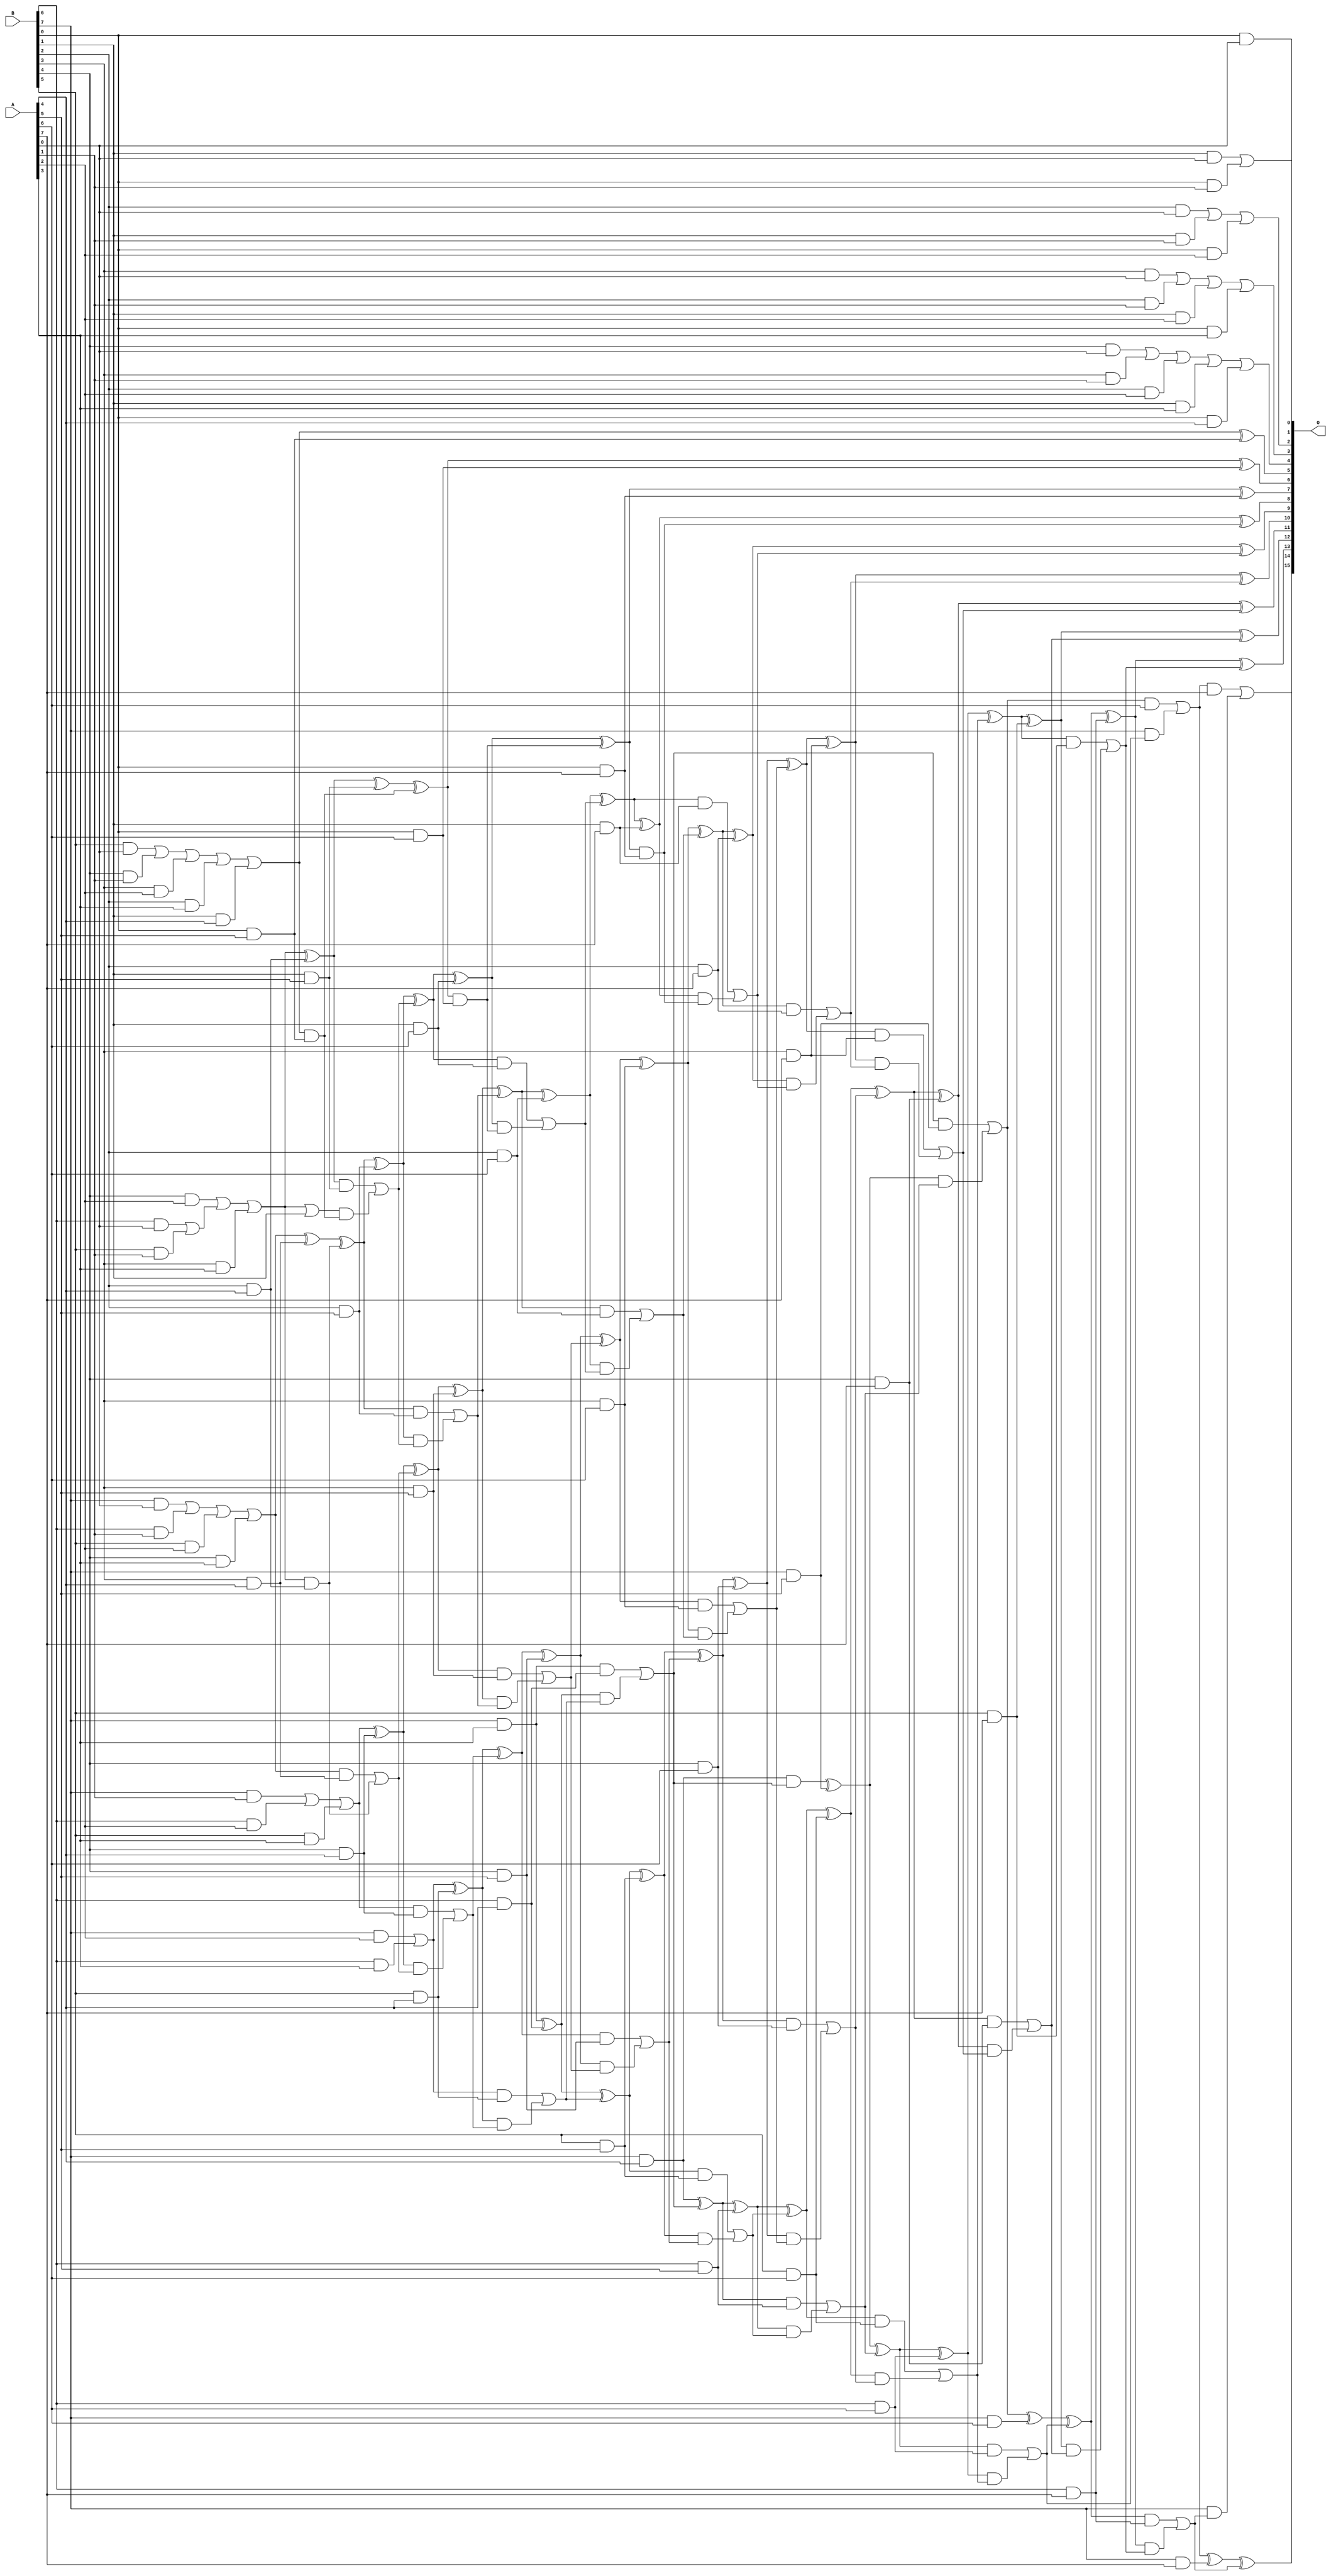
/***
* This code is a part of EvoApproxLib library (ehw.fit.vutbr.cz/approxlib) distributed under The MIT License.
* When used, please cite the following article(s): V. Mrazek, R. Hrbacek, Z. Vasicek and L. Sekanina, "EvoApprox8b: Library of approximate adders and multipliers for circuit design and benchmarking of approximation methods". Design, Automation & Test in Europe Conference & Exhibition (DATE), 2017, Lausanne, 2017, pp. 258-261. doi: 10.23919/DATE.2017.7926993 
* This file contains a circuit from a sub-set of pareto optimal circuits with respect to the pwr and ep parameters
***/
// MAE% = 0.25 %
// MAE = 166 
// WCE% = 2.79 %
// WCE = 1826 
// WCRE% = 64.00 %
// EP% = 64.73 %
// MRE% = 1.99 %
// MSE = 106014 
// PDK45_PWR = 0.254 mW
// PDK45_AREA = 506.8 um2
// PDK45_DELAY = 1.42 ns

module mul8u_PKY (
    A,
    B,
    O
);

input [7:0] A;
input [7:0] B;
output [15:0] O;

wire sig_16,sig_17,sig_18,sig_19,sig_20,sig_21,sig_22,sig_23,sig_24,sig_25,sig_26,sig_27,sig_28,sig_29,sig_30,sig_31,sig_32,sig_34,sig_39,sig_47;
wire sig_49,sig_54,sig_59,sig_66,sig_67,sig_68,sig_69,sig_70,sig_71,sig_72,sig_73,sig_74,sig_76,sig_81,sig_86,sig_94,sig_96,sig_101,sig_111,sig_112;
wire sig_113,sig_114,sig_115,sig_116,sig_117,sig_118,sig_119,sig_121,sig_126,sig_131,sig_136,sig_141,sig_146,sig_156,sig_157,sig_158,sig_159,sig_160,sig_161,sig_162;
wire sig_163,sig_164,sig_166,sig_168,sig_171,sig_172,sig_176,sig_177,sig_179,sig_180,sig_181,sig_182,sig_183,sig_184,sig_185,sig_186,sig_187,sig_188,sig_189,sig_190;
wire sig_191,sig_192,sig_193,sig_194,sig_195,sig_197,sig_198,sig_199,sig_201,sig_202,sig_203,sig_204,sig_205,sig_206,sig_207,sig_208,sig_209,sig_210,sig_211,sig_212;
wire sig_213,sig_214,sig_215,sig_216,sig_217,sig_218,sig_219,sig_220,sig_221,sig_222,sig_223,sig_224,sig_225,sig_226,sig_227,sig_228,sig_229,sig_230,sig_231,sig_232;
wire sig_233,sig_234,sig_235,sig_236,sig_237,sig_238,sig_239,sig_240,sig_241,sig_242,sig_243,sig_244,sig_245,sig_246,sig_247,sig_248,sig_249,sig_250,sig_251,sig_252;
wire sig_253,sig_254,sig_255,sig_256,sig_257,sig_258,sig_259,sig_260,sig_261,sig_262,sig_263,sig_264,sig_265,sig_266,sig_267,sig_268,sig_269,sig_270,sig_271,sig_272;
wire sig_273,sig_274,sig_275,sig_276,sig_277,sig_278,sig_279,sig_280,sig_281,sig_282,sig_283,sig_284,sig_285,sig_286,sig_287,sig_288,sig_289,sig_290,sig_291,sig_292;
wire sig_293,sig_294,sig_295,sig_296,sig_297,sig_298,sig_299,sig_300,sig_301,sig_302,sig_303,sig_304,sig_305,sig_306,sig_307,sig_308,sig_309,sig_310,sig_311,sig_312;
wire sig_313,sig_314,sig_315,sig_316,sig_317,sig_318,sig_319,sig_320,sig_321,sig_322,sig_323,sig_324,sig_325,sig_326,sig_327,sig_328,sig_329,sig_330,sig_331,sig_332;
wire sig_333,sig_334,sig_335;

assign sig_16 = B[0] & A[0];
assign sig_17 = B[1] & A[0];
assign sig_18 = B[2] & A[0];
assign sig_19 = B[3] & A[0];
assign sig_20 = B[4] & A[0];
assign sig_21 = B[5] & A[0];
assign sig_22 = B[6] & A[0];
assign sig_23 = B[7] & A[0];
assign sig_24 = B[0] & A[1];
assign sig_25 = B[1] & A[1];
assign sig_26 = B[2] & A[1];
assign sig_27 = B[3] & A[1];
assign sig_28 = B[4] & A[1];
assign sig_29 = B[5] & A[1];
assign sig_30 = B[6] & A[1];
assign sig_31 = B[7] & A[1];
assign sig_32 = sig_17 | sig_24;
assign sig_34 = sig_18 | sig_25;
assign sig_39 = sig_19 | sig_26;
assign sig_47 = sig_20 | sig_27;
assign sig_49 = sig_21 | sig_28;
assign sig_54 = sig_22 | sig_29;
assign sig_59 = sig_23 | sig_30;
assign sig_66 = B[0] & A[2];
assign sig_67 = B[1] & A[2];
assign sig_68 = B[2] & A[2];
assign sig_69 = B[3] & A[2];
assign sig_70 = B[4] & A[2];
assign sig_71 = B[5] & A[2];
assign sig_72 = B[6] & A[2];
assign sig_73 = B[7] & A[2];
assign sig_74 = sig_34 | sig_66;
assign sig_76 = sig_39 | sig_67;
assign sig_81 = sig_47 | sig_68;
assign sig_86 = sig_49 | sig_69;
assign sig_94 = sig_70 | sig_54;
assign sig_96 = sig_59 | sig_71;
assign sig_101 = sig_31 | sig_72;
assign sig_111 = B[0] & A[3];
assign sig_112 = B[1] & A[3];
assign sig_113 = B[2] & A[3];
assign sig_114 = B[3] & A[3];
assign sig_115 = B[4] & A[3];
assign sig_116 = B[5] & A[3];
assign sig_117 = B[6] & A[3];
assign sig_118 = B[7] & A[3];
assign sig_119 = sig_76 | sig_111;
assign sig_121 = sig_81 | sig_112;
assign sig_126 = sig_86 | sig_113;
assign sig_131 = sig_94 | sig_114;
assign sig_136 = sig_96 | sig_115;
assign sig_141 = sig_101 | sig_116;
assign sig_146 = sig_73 | sig_117;
assign sig_156 = B[0] & A[4];
assign sig_157 = B[1] & A[4];
assign sig_158 = B[2] & A[4];
assign sig_159 = B[3] & A[4];
assign sig_160 = B[4] & A[4];
assign sig_161 = B[5] & A[4];
assign sig_162 = B[6] & A[4];
assign sig_163 = B[7] & A[4];
assign sig_164 = sig_121 | sig_156;
assign sig_166 = sig_126 | sig_157;
assign sig_168 = sig_126 | sig_157;
assign sig_171 = sig_131 ^ sig_158;
assign sig_172 = sig_131 & sig_158;
assign sig_176 = sig_136 ^ sig_159;
assign sig_177 = sig_136 & sig_159;
assign sig_179 = sig_176 ^ sig_172;
assign sig_180 = sig_177 | sig_172;
assign sig_181 = sig_141 ^ sig_160;
assign sig_182 = sig_141 & sig_160;
assign sig_183 = sig_181 & sig_180;
assign sig_184 = sig_181 ^ sig_180;
assign sig_185 = sig_182 | sig_183;
assign sig_186 = sig_146 ^ sig_161;
assign sig_187 = sig_146 & sig_161;
assign sig_188 = sig_186 & sig_185;
assign sig_189 = sig_186 ^ sig_185;
assign sig_190 = sig_187 | sig_188;
assign sig_191 = sig_118 ^ sig_162;
assign sig_192 = sig_118 & sig_162;
assign sig_193 = sig_191 & sig_190;
assign sig_194 = sig_191 ^ sig_190;
assign sig_195 = sig_192 | sig_193;
assign sig_197 = sig_131 | B[1];
assign sig_198 = sig_163 & sig_195;
assign sig_199 = sig_163 ^ sig_195;
assign sig_201 = B[0] & A[5];
assign sig_202 = B[1] & A[5];
assign sig_203 = B[2] & A[5];
assign sig_204 = B[3] & A[5];
assign sig_205 = B[4] & A[5];
assign sig_206 = B[5] & A[5];
assign sig_207 = B[6] & A[5];
assign sig_208 = B[7] & A[5];
assign sig_209 = sig_168 ^ sig_201;
assign sig_210 = sig_166 & sig_201;
assign sig_211 = sig_171 ^ sig_202;
assign sig_212 = sig_171 & sig_202;
assign sig_213 = sig_197 & sig_210;
assign sig_214 = sig_211 ^ sig_210;
assign sig_215 = sig_212 | sig_213;
assign sig_216 = sig_179 ^ sig_203;
assign sig_217 = sig_179 & sig_203;
assign sig_218 = sig_216 & sig_215;
assign sig_219 = sig_216 ^ sig_215;
assign sig_220 = sig_217 | sig_218;
assign sig_221 = sig_184 ^ sig_204;
assign sig_222 = sig_184 & sig_204;
assign sig_223 = sig_221 & sig_220;
assign sig_224 = sig_221 ^ sig_220;
assign sig_225 = sig_222 | sig_223;
assign sig_226 = sig_189 ^ sig_205;
assign sig_227 = sig_189 & sig_205;
assign sig_228 = sig_226 & sig_225;
assign sig_229 = sig_226 ^ sig_225;
assign sig_230 = sig_227 | sig_228;
assign sig_231 = sig_194 ^ sig_206;
assign sig_232 = sig_194 & sig_206;
assign sig_233 = sig_231 & sig_230;
assign sig_234 = sig_231 ^ sig_230;
assign sig_235 = sig_232 | sig_233;
assign sig_236 = sig_199 ^ sig_207;
assign sig_237 = sig_199 & sig_207;
assign sig_238 = sig_236 & sig_235;
assign sig_239 = sig_236 ^ sig_235;
assign sig_240 = sig_237 | sig_238;
assign sig_241 = sig_198 ^ sig_208;
assign sig_242 = sig_195 & sig_208;
assign sig_243 = sig_241 & sig_240;
assign sig_244 = sig_241 ^ sig_240;
assign sig_245 = sig_242 | sig_243;
assign sig_246 = B[0] & A[6];
assign sig_247 = B[1] & A[6];
assign sig_248 = B[2] & A[6];
assign sig_249 = B[3] & A[6];
assign sig_250 = B[4] & A[6];
assign sig_251 = B[5] & A[6];
assign sig_252 = B[6] & A[6];
assign sig_253 = B[7] & A[6];
assign sig_254 = sig_214 ^ sig_246;
assign sig_255 = sig_214 & sig_246;
assign sig_256 = sig_219 ^ sig_247;
assign sig_257 = sig_219 & sig_247;
assign sig_258 = sig_256 & sig_255;
assign sig_259 = sig_256 ^ sig_255;
assign sig_260 = sig_257 | sig_258;
assign sig_261 = sig_224 ^ sig_248;
assign sig_262 = sig_224 & sig_248;
assign sig_263 = sig_261 & sig_260;
assign sig_264 = sig_261 ^ sig_260;
assign sig_265 = sig_262 | sig_263;
assign sig_266 = sig_229 ^ sig_249;
assign sig_267 = sig_229 & sig_249;
assign sig_268 = sig_266 & sig_265;
assign sig_269 = sig_266 ^ sig_265;
assign sig_270 = sig_267 | sig_268;
assign sig_271 = sig_234 ^ sig_250;
assign sig_272 = sig_234 & sig_250;
assign sig_273 = sig_271 & sig_270;
assign sig_274 = sig_271 ^ sig_270;
assign sig_275 = sig_272 | sig_273;
assign sig_276 = sig_239 ^ sig_251;
assign sig_277 = sig_239 & sig_251;
assign sig_278 = sig_276 & sig_275;
assign sig_279 = sig_276 ^ sig_275;
assign sig_280 = sig_277 | sig_278;
assign sig_281 = sig_244 ^ sig_252;
assign sig_282 = sig_244 & sig_252;
assign sig_283 = sig_281 & sig_280;
assign sig_284 = sig_281 ^ sig_280;
assign sig_285 = sig_282 | sig_283;
assign sig_286 = sig_245 ^ sig_253;
assign sig_287 = sig_245 & A[6];
assign sig_288 = B[7] & sig_285;
assign sig_289 = sig_286 ^ sig_285;
assign sig_290 = sig_287 | sig_288;
assign sig_291 = B[0] & A[7];
assign sig_292 = B[1] & A[7];
assign sig_293 = B[2] & A[7];
assign sig_294 = B[3] & A[7];
assign sig_295 = B[4] & A[7];
assign sig_296 = B[5] & A[7];
assign sig_297 = B[6] & A[7];
assign sig_298 = B[7] & A[7];
assign sig_299 = sig_259 ^ sig_291;
assign sig_300 = sig_259 & sig_291;
assign sig_301 = sig_264 ^ sig_292;
assign sig_302 = sig_264 & sig_292;
assign sig_303 = sig_301 & sig_300;
assign sig_304 = sig_301 ^ sig_300;
assign sig_305 = sig_302 | sig_303;
assign sig_306 = sig_269 ^ sig_293;
assign sig_307 = sig_269 & sig_293;
assign sig_308 = sig_306 & sig_305;
assign sig_309 = sig_306 ^ sig_305;
assign sig_310 = sig_307 | sig_308;
assign sig_311 = sig_274 ^ sig_294;
assign sig_312 = sig_274 & sig_294;
assign sig_313 = sig_311 & sig_310;
assign sig_314 = sig_311 ^ sig_310;
assign sig_315 = sig_312 | sig_313;
assign sig_316 = sig_279 ^ sig_295;
assign sig_317 = sig_279 & sig_295;
assign sig_318 = sig_316 & sig_315;
assign sig_319 = sig_316 ^ sig_315;
assign sig_320 = sig_317 | sig_318;
assign sig_321 = sig_284 ^ sig_296;
assign sig_322 = sig_284 & sig_296;
assign sig_323 = sig_321 & sig_320;
assign sig_324 = sig_321 ^ sig_320;
assign sig_325 = sig_322 | sig_323;
assign sig_326 = sig_289 ^ sig_297;
assign sig_327 = sig_289 & sig_297;
assign sig_328 = sig_326 & sig_325;
assign sig_329 = sig_326 ^ sig_325;
assign sig_330 = sig_327 | sig_328;
assign sig_331 = sig_290 ^ sig_298;
assign sig_332 = sig_290 & A[7];
assign sig_333 = B[7] & sig_330;
assign sig_334 = sig_331 ^ sig_330;
assign sig_335 = sig_332 | sig_333;

assign O[15] = sig_335;
assign O[14] = sig_334;
assign O[13] = sig_329;
assign O[12] = sig_324;
assign O[11] = sig_319;
assign O[10] = sig_314;
assign O[9] = sig_309;
assign O[8] = sig_304;
assign O[7] = sig_299;
assign O[6] = sig_254;
assign O[5] = sig_209;
assign O[4] = sig_164;
assign O[3] = sig_119;
assign O[2] = sig_74;
assign O[1] = sig_32;
assign O[0] = sig_16;

endmodule